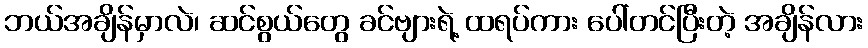
ဘယ်အချိန်မှာလဲ၊ ဆင်စွယ်တွေ ခင်ဗျားရဲ့ ထရပ်ကား ပေါ်တင်ပြီးတဲ့ အချိန်လား